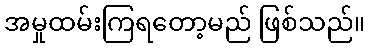
အမှုထမ်းကြရတော့မည် ဖြစ်သည်။